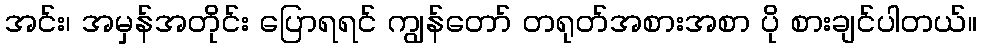
အင်း၊ အမှန်အတိုင်း ပြောရရင် ကျွန်တော် တရုတ်အစားအစာ ပို စားချင်ပါတယ်။